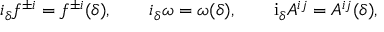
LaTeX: i _ { \delta } f ^ { \pm i } = f ^ { \pm i } ( \delta ) , \qquad i _ { \delta } \omega = \omega ( \delta ) , \qquad \mathrm { i } _ { \delta } A ^ { i j } = A ^ { i j } ( \delta ) ,